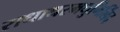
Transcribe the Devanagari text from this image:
राधाधरमधुमिलिंद